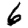
Digit: 6